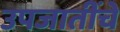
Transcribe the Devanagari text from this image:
उपजातींचे